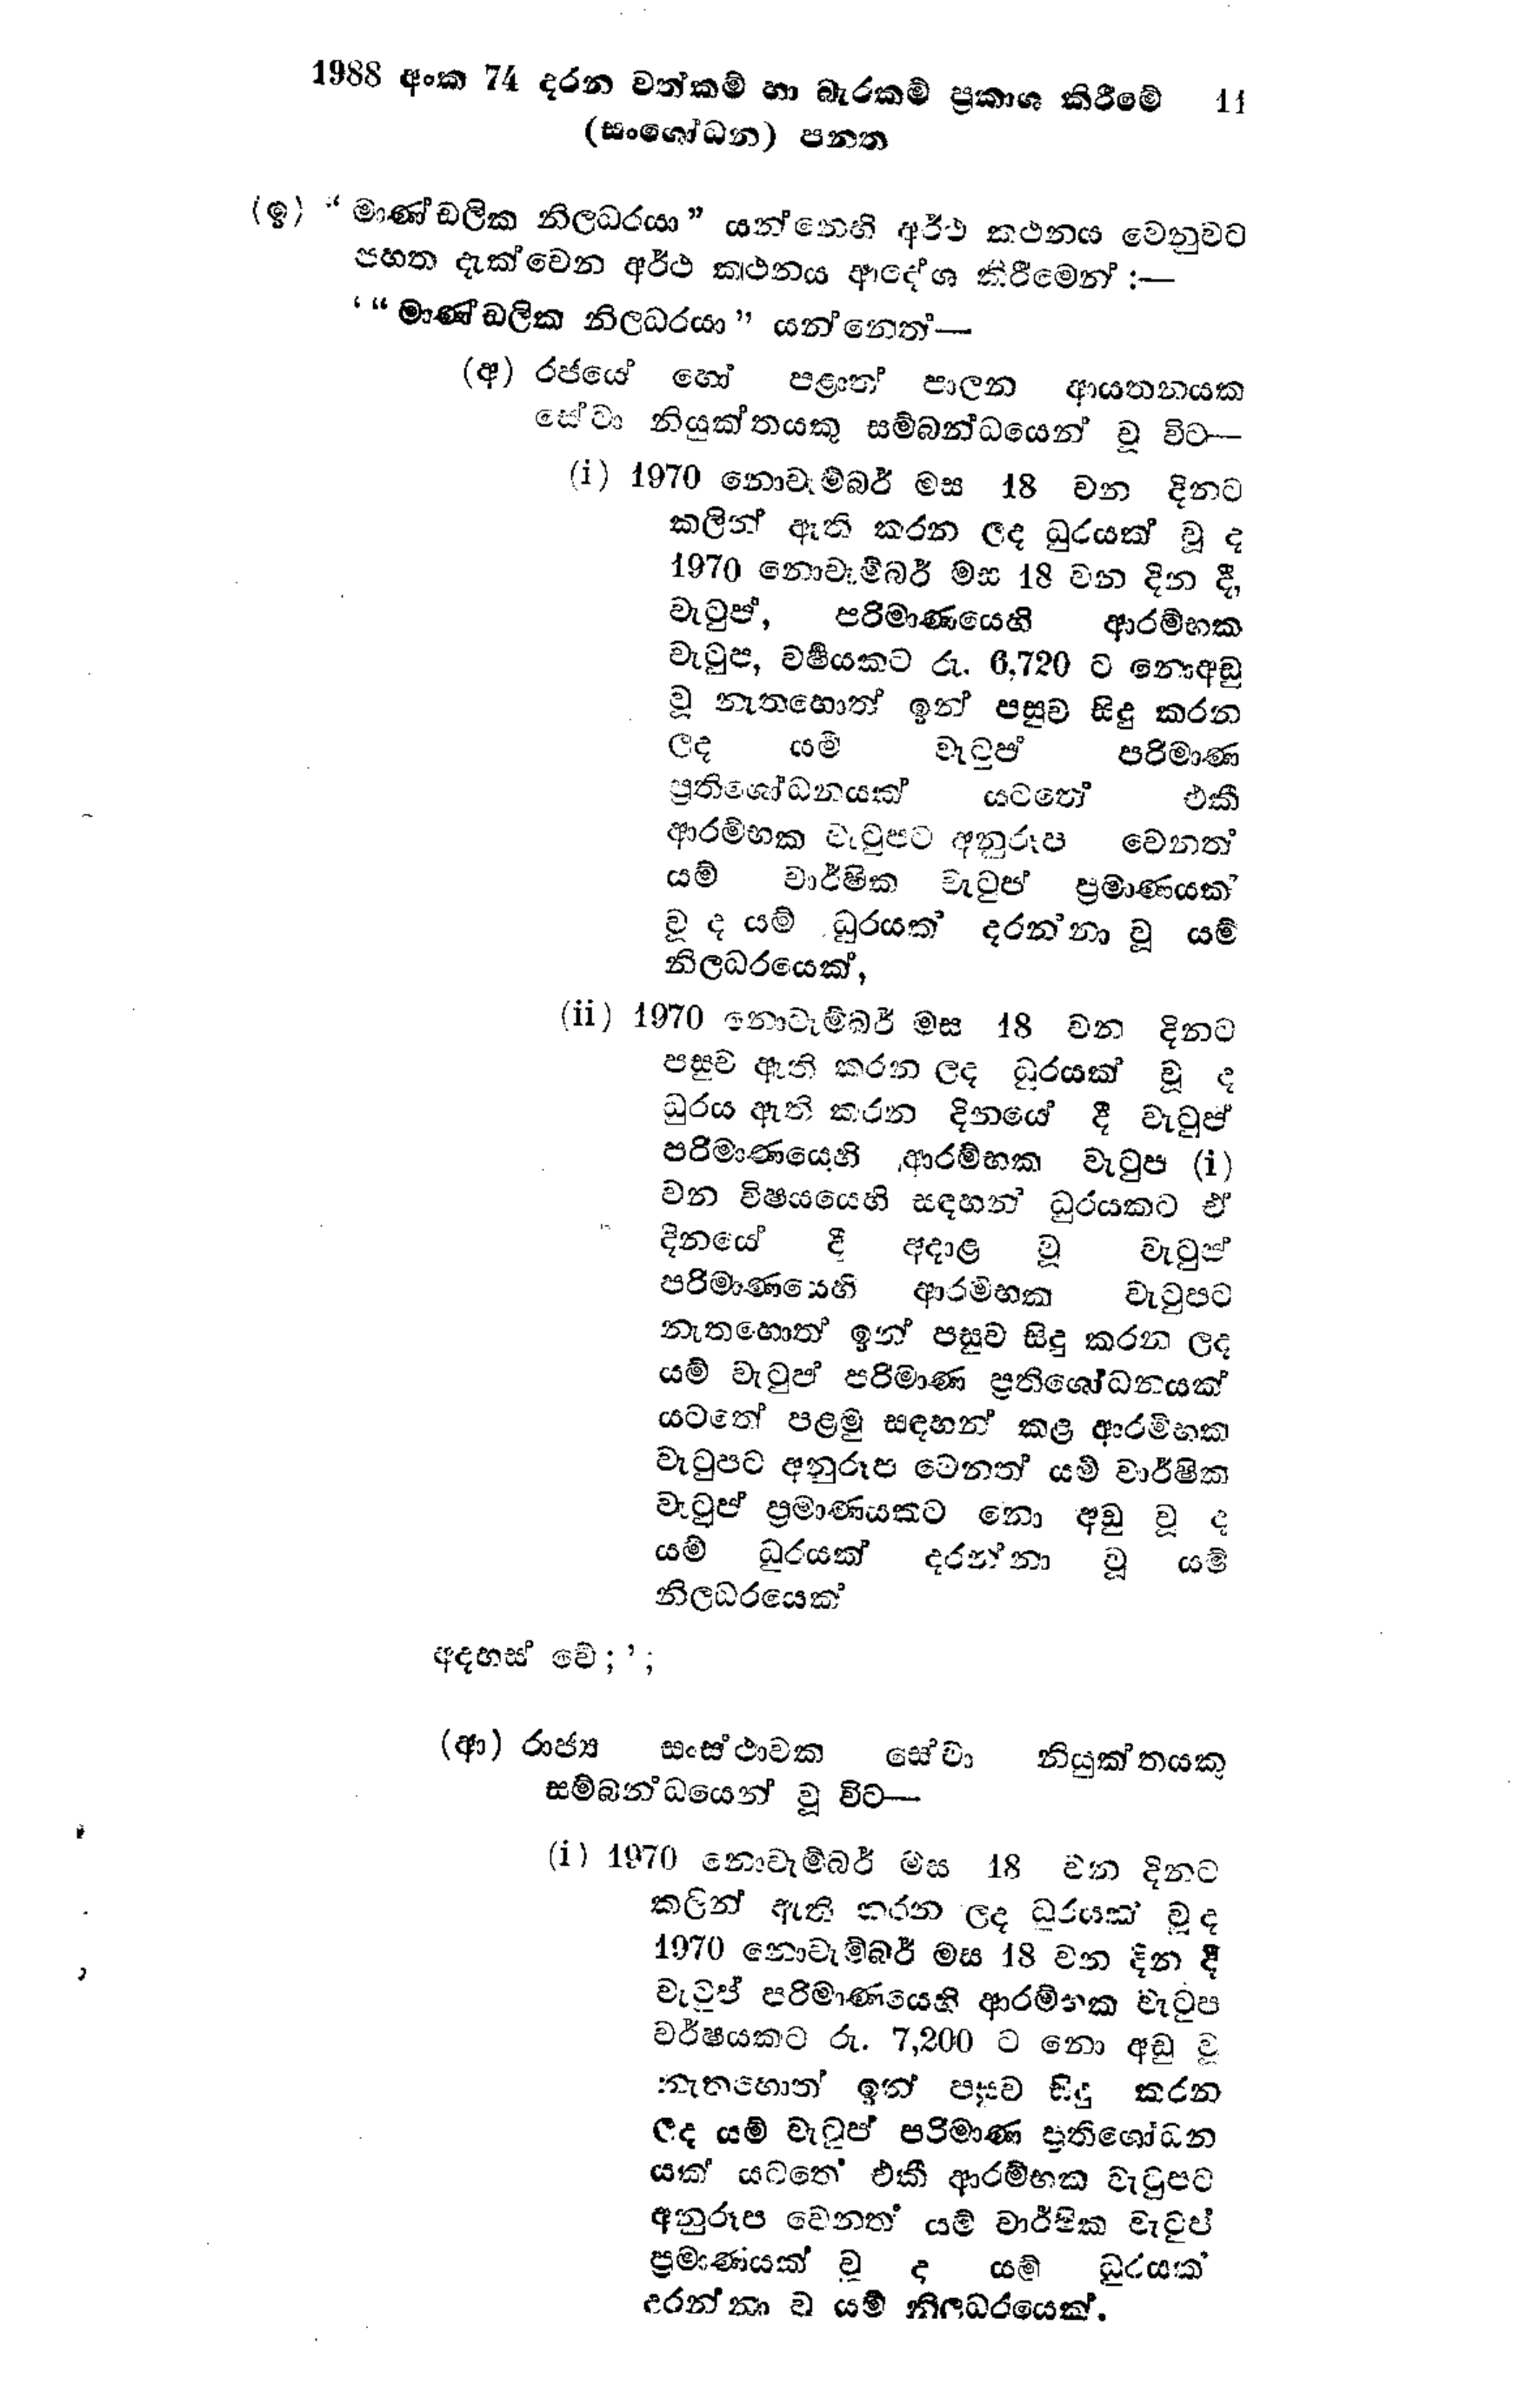
1988 අංක 74 දරන වත්කම් හා බැරකම් ප්‍රකාශ කිරීමේ 11
(සංශෝධන) පනත

(ඉ) “මාණ්ඩලික නිලධරයා" යන්නෙහි අර්ථ කථනය වෙනුවට
පහත දැක්වෙන අර්ථ කථනය ආදේශ කිරීමෙන් :-

' "මාණ්ඩලික නිලධරයා" යන්නේත් ---

(අ) රජයේ හෝ පළාත් පාලන ආයතනයක
සේවා නියුක්තයකු සම්බන්ධයෙන් වූ විට-

(i) 1970 නොවැම්බර් මස 18 වන දිනට
කලින් ඇති කරන ලද ධුරයක් වූ ද
1970 නොවැම්බර් මස 18 වන දින දී,
වැටුප්, පරිමාණයෙහි ආරම්භක
වැටුප, වර්ෂයකට රු. 6,720 ට නොඅඩු
වූ නැතහොත් ඉන් පසුව සිදු කරන
ලද යම් වැටුප් පරිමාණ
ප්‍රතිශෝධනයක් යටතේ එකී
ආරම්භක වැටුපට අනුරූප වෙනත්
යම් වාර්ෂික වැටුප් ප්‍රමාණයක්
වූ ද යම් ධුරයක් දරන්නා වූ යම්
නිලධරයෙක්,

(ii) 1970 නොවැම්බර් මස 18 වන දිනට
පසුව ඇති කරන ලද ධූරයක් වූ ද
ධුරය ඇති කරන දිනයේ දී වැටුප්
පරිමාණයෙහි ආරම්භක වැටුප (i)
වන විෂයයෙහි සඳහන් ධුරයකට ඒ
දිනයේ දී අදාළ වූ වැටුප්
පරිමාණයෙහි ආරම්භක වැටුපට
නැතහොත් ඉන් පසුව සිදු කරන ලද
යම් වැටුප් පරිමාණ ප්‍රතිශෝධනයක්
යටතේ පළමු සඳහන් කළ ආරම්භක
වැටුපට අනුරූප වෙනත් යම් වාර්ෂික
වැටුප් ප්‍රමාණයකට නො අඩු වූ ද
යම් ධූරයක් දරන්නා වූ යම්
නිලධරයෙක්

අදහස් වේ ;';

(ආ) රාජ්‍ය සංස්ථාවක සේවා නියුක්තයකු
සම්බන්ධයෙන් වූ විට -

(i) 1970 නොවැම්බර් මස 18 වන දිනට
කලින් ඇති කරන ලද ධුරයක් වූද
1970 නොවැම්බර් මස 18 වන දින දී
වැටුප් පරිමාණයෙහි ආරම්භක වැටුප
වර්ෂයකට රු. 7,200 ට නො අඩු වූ
නැතහොත් ඉන් පසුව සිදු කරන
ලද යම් වැටුප් පරිමාණ ප්‍රතිශෝධන
යක් යටතේ‍ එකී ආරම්භක වැටුපට
අනුරූප වෙනත් යම් වාර්ෂික වැටුප්
ප්‍රමාණයක් ව ද යම් ධූරයක්
දරන්නා වූ යම් නිලධරයෙක්.